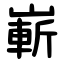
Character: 嶄